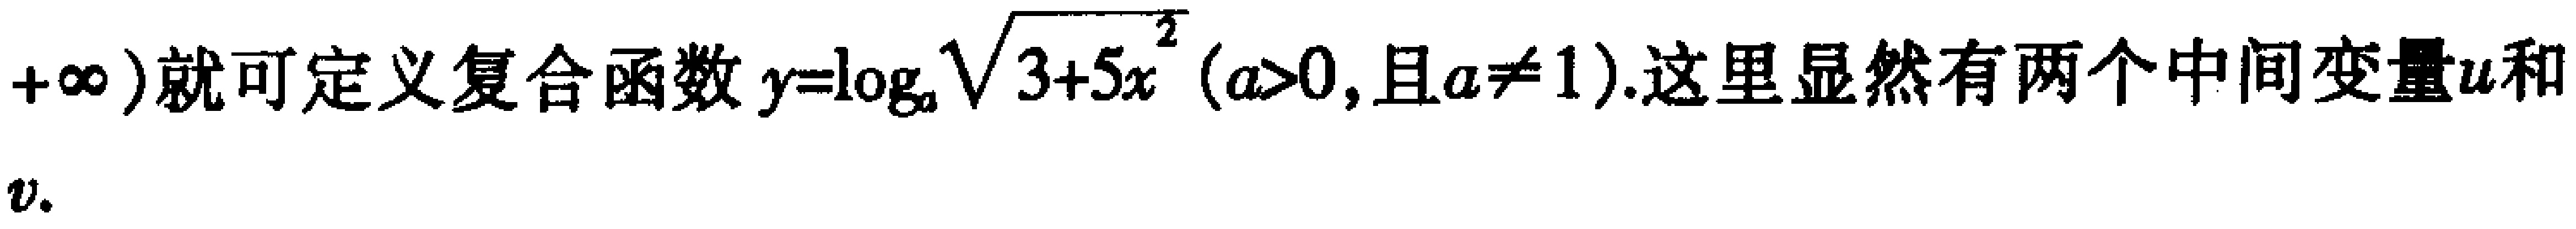
$+\infty )就可定义复合函数y = \log_{a}\sqrt{3 + 5x^{2}}(a > 0,且a\neq 1).这里显然有两个中间变量u和\\v.$